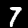
Label: 7